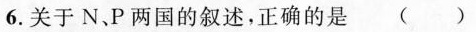
6.关于N、P两国的叙述，正确的是()